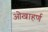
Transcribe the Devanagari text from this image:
ओखाहर्ण